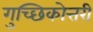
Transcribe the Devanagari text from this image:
गुच्छिकोत्तरी